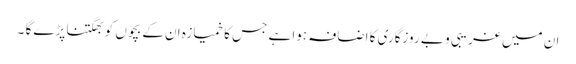
ان میں غریبی و بے روزگاری کا اضافہ ہوا ہے جس کا خمیازہ ان کے بچوں کو بھگتنا پڑے گا ۔